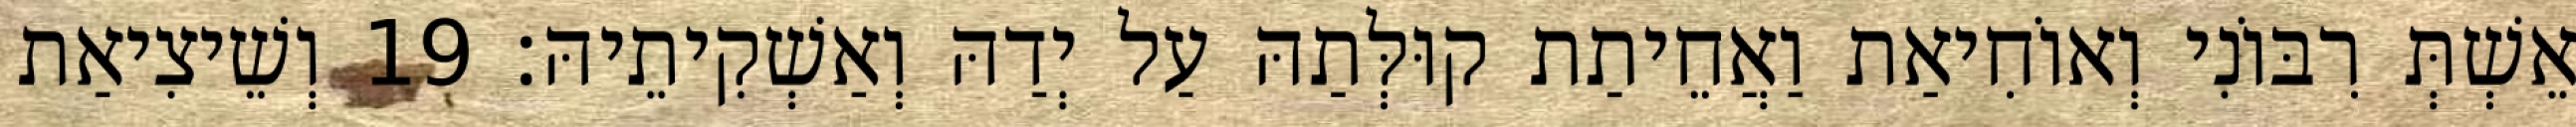
אֵשְׁתְּ רִבּוֹנִי וְאוֹחִיאַת וַאֲחֵיתַת קוּלְּתַהּ עַל יְדַהּ וְאַשְׁקִיתֵיהּ׃ 19 וְשֵׁיצִיאַת